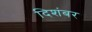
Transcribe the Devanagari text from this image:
दिशंबर